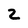
Character: 2